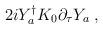
LaTeX: \begin{align*}2iY_a^{\dagger} K_0 \partial_{\tau} Y_a \; ,\end{align*}